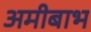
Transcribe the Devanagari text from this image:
अमीबाभ